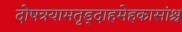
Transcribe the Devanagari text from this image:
दोषत्रयामतृड्दाहमेहकासांश्च